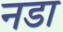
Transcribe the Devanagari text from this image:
नडा